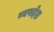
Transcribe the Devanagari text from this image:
व्यपदेश